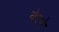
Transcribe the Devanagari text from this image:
येरणे